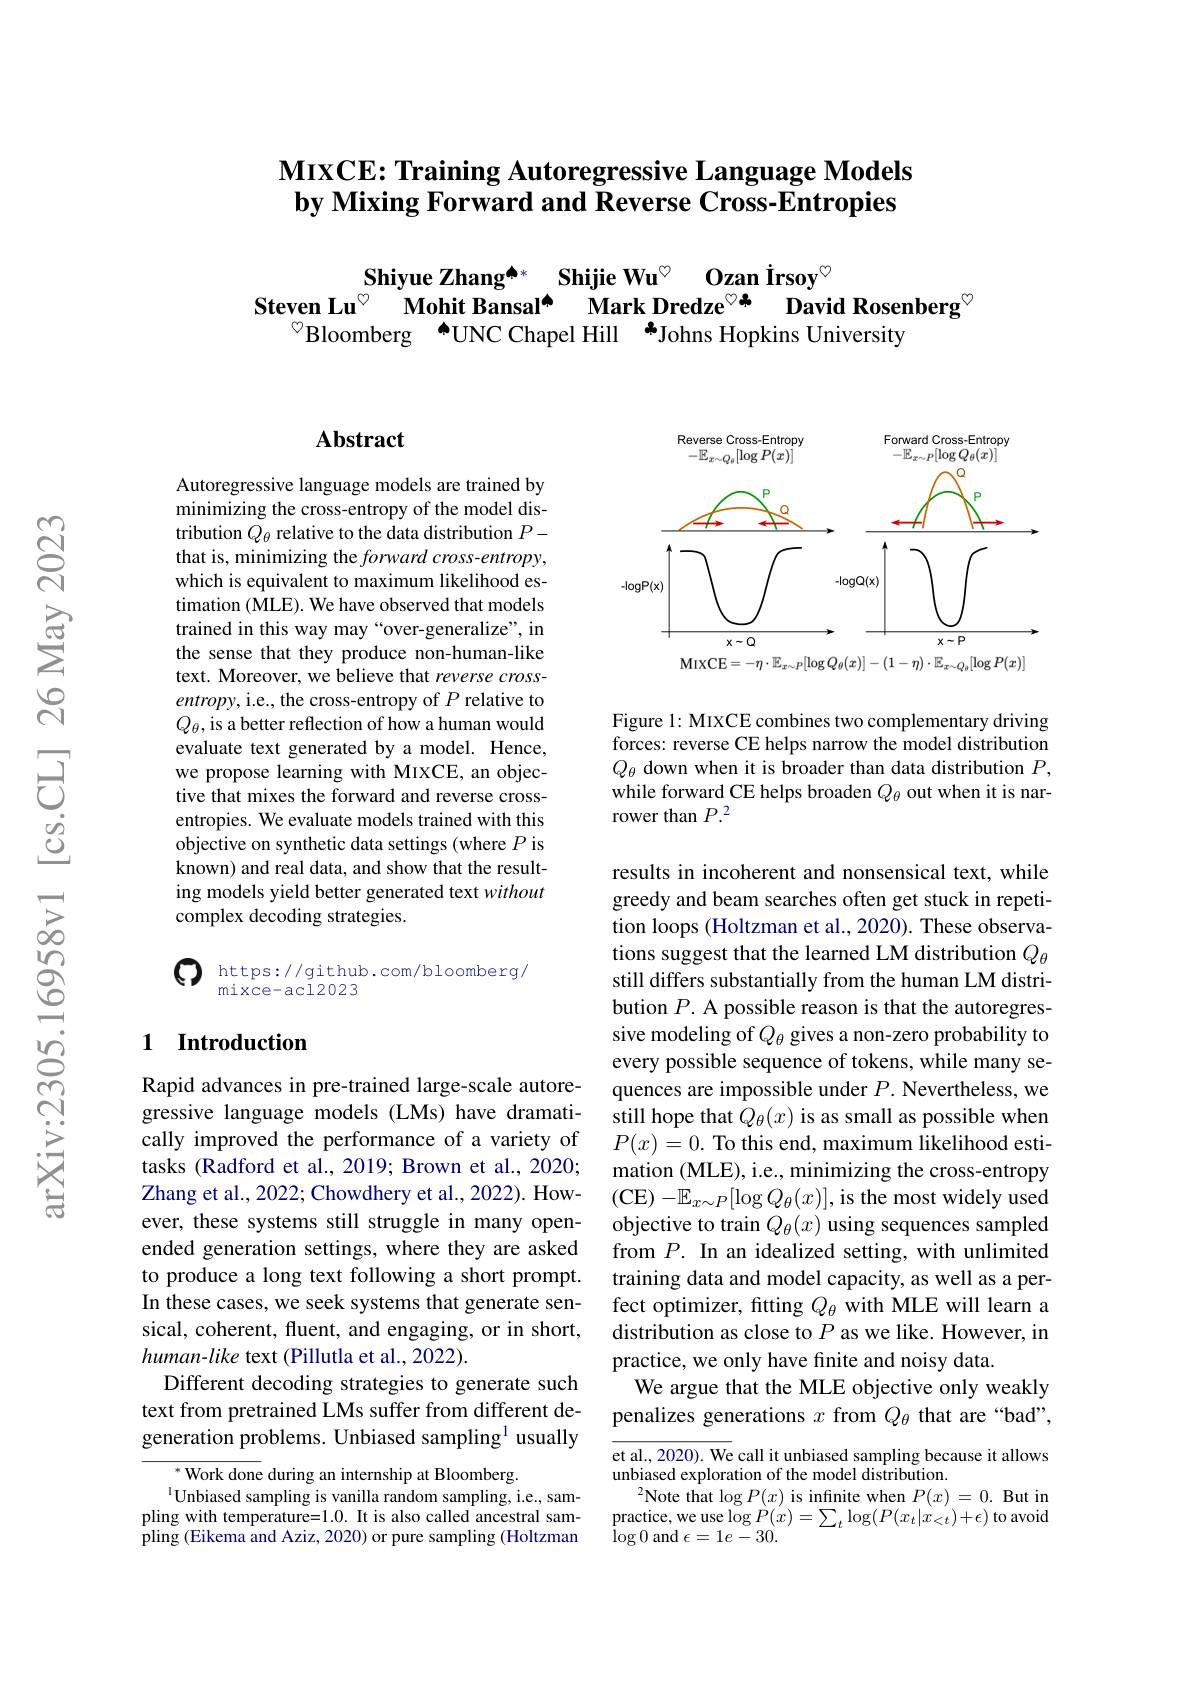
## $\textbf{Mı xCE: Training Autoregressive Language Models}$ by Mixing Forward and Reverse Cross-Entropies

Shiyue Zhang$^{\spadesuit*}$ Shijie Wu$^{\heartsuit}$ Ozan Irsoy$^{\textcircled{\mathrm{o}}}$
$\textbf{Steven Lu}^{\circ }$ Mohit Bansal$^{\spadesuit }$ Mark Dredze$^{\heartsuit \clubsuit }$ David Rosenberg$^{\heartsuit}$
$^{\textcircled{\circ}}$Bloomberg [INDEX]UNC Chapel Hill +Johns Hopkins University

## Abstract

Autoregressive language models are trained by minimizing the cross-entropy of the model distribution $Q_\theta$ relative to the data distribution $P-$ that is, minimizing the forward cross-entropy, which is equivalent to maximum likelihood estimation (MLE). We have observed that models trained in this way may“over-generalize”, in the sense that they produce non-human-like text. Moreover, we believe that reverse crossentropy, i.e., the cross-entropy of $P$ relative to $Q_{\theta}$,is a better reflection of how a human would evaluate text generated by a model. Hence, we propose learning with MIXCE, an objective that mixes the forward and reverse crossentropies. We evaluate models trained with this objective on synthetic data settings (where $P$ is known) and real data, and show that the resulting models yield better generated text without complex decoding strategies.

$\textcircled{\mathrm{C}}\underset{{\mathrm{mixce-acl2023}}{\operatorname*{https:}}}//$github.com/bloomberg/

mixce-acl2023

### 1 $\textbf{Introduction}$

Rapid advances in pre-trained large-scale autoregressive language models (LMs) have dramatically improved the performance of a variety of tasks (Radford et al., 2019; Brown et al., 2020; Zhang et al., 2022; Chowdhery et al., 2022). However, these systems still struggle in many openended generation settings, where they are asked to produce a long text following a short prompt. In these cases, we seek systems that generate sensical, coherent, fluent, and engaging, or in short, human-like text (Pillutla et al., 2022).
Different decoding strategies to generate such text from pretrained LMs suffer from different degeneration problems. Unbiased sampling$^{1}$ usually

$^{*}$Work done during an internship at Bloomberg.
$^{1}$Unbiased sampling is vanilla random sampling, i.e., sampling with temperature=1.0. It is also called ancestral sampling (Eikema and Aziz, 2020) or pure sampling (Holtzman

<FigureHere>

Figure 1: MIXCE combines two complementary driving forces: reverse CE helps narrow the model distribution $Q_{\theta}$ down when it is broader than data distribution $P$, while forward CE helps broaden $Q_\theta$ out when it is narrower than $P.^2$

results in incoherent and nonsensical text, while greedy and beam searches often get stuck in repetition loops (Holtzman et al., 2020). These observations suggest that the learned LM distribution $Q_\theta$ still differs substantially from the human LM distribution $P.$ A possible reason is that the autoregressive modeling of $Q_\theta$ gives a non-zero probability to every possible sequence of tokens, while many sequences are impossible under $P.$ Nevertheless, we still hope that $Q_\theta(x)$ is as small as possible when $P(x)=0.$ To this end, maximum likelihood estimation (MLE), i.e., minimizing the cross-entropy (CE$)-\mathbb{E}_x\sim P[\log Q_{\theta}(x)]$,is the most widely used objective to train $Q_\theta(x)$ using sequences sampled from $P.$ In an idealized setting, with unlimited training data and model capacity, as well as a perfect optimizer, fitting $Q_\theta$ with MLE will learn a distribution as close to $P$ as we like. However, in practice, we only have finite and noisy data.
We argue that the MLE objective only weakly penalizes generations $x$ from $Q_{\theta}$ that are“bad”,

et al., 2020). We call it unbiased sampling because it allows
unbiased exploration of the model distribution
$^{2}$Note that $\log P(x)$ is infinite when $P(x)=0.$ But in $\begin{array}{l}{\text{practice,we use}\log{\grave{P}}(x)=\sum_{t}\log(P(x_{t}|{\dot{x}}_{<t}^{\prime})+\epsilon)\text{to avoid}}\\{\log0\mathrm{~and~}\epsilon=1e-30.}\end{array}$